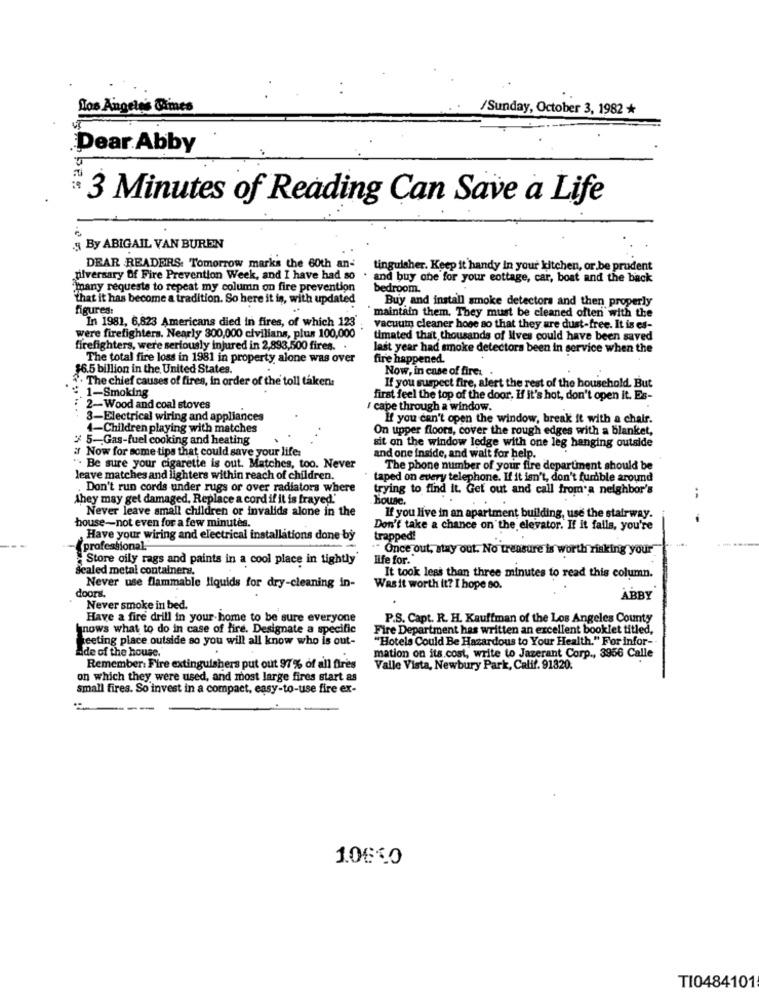
Los Angeles Times
/Sunday, October 3, 1982 *
Dear Abby
3 Minutes of Reading Can Save a Life
.§ By ABIGAIL VAN BUREN
DEAR READERS. Tomorrow marks the 60th an-
tinguisher. Keep it handy in your kitchen, or be prudent
tilversary of Fire Prevention Week, and I have had so
. and buy one for your cottage, car, boat and the back
many requests to repeat my column on fire prevention
bedroom.
'that it has become a tradition. So here it is, with updated
Buy and install smoke detectors and then properly
figures:
"maintain them. They must be cleaned often with the
In 1981, 6,823 Americans died in fires, of which 123
vacuum cleaner hoge so that they are dust-free. It is es-
were firefighters. Nearly 300,000 civilians, plus 100,000
timated that, thousands of lives could have been saved
firefighters, were seriously injured in 2,893,500 fires. .
last year had smoke detectors been in service when the
The total fire loss in 1981 in property alone was over
fire happened.
$6.5 billion in the United States.
Now, in case of fire ..
. The chief causes of fires, in order of the toll taken
1-Smoking
If you suspect fire, alert the rest of the household. But
first feel the top of the door. If it's hot, don't open it. Es-
2-Wood and coal stoves
cape through a window.
3-Electrical wiring and appliances
If you can't open the window, break it with a chair.
4-Children playing with matches
On upper floors, cover the rough edges with a blanket,
5-Gas-fuel cooking and heating
# Now for some tips that could save your life:
sit on the window ledge with one leg hanging outside
and one inside, and wait for help.
" Be sure your cigarette is out. Matches, too. Never
The phone number of your fire department should be
leave matches and lighters within reach of children.
taped on every telephone. If it isn't, don't furdble around
Don't run cords under rugs or over radiators where
trying to find it. Get out and call from a neighbor's
they may get damaged, Replace a cord if it is frayed.'
House.
Never leave small children or invalids alone in the
house-not even for a few minutes.
If you live in an apartment building, use the stairway.
Don't take a chance on the elevator. If it falls, you're
Have your wiring and electrical installations done by
trapped!
professional."
.. Once out, stay out. No trensure is worth risking your
Store oily rags and paints in a cool place in tightly
Ilfe for."
sealed metal containers.
It took less than three minutes to read this column.
doors.
Never use flammable liquids for dry-cleaning in-
Wasit worth it? I hope so.
ABBY
Never smoke in bed.
Have a fire drill in your home to be sure everyone
P.S. Capt. R. H. Kauffman of the Los Angeles County
nows what to do in case of fire. Designate a specific
Fire Department has written an excellent booklet titled,
meeting place outside so you will all know who is out-
"Hotels Could Be Hazardous to Your Health." For infor-
de of the house.
mation on its cost, write to Jazerant Corp ., 3956 Calle
Remember: Fire extinguishers put out 97% of all fires
Valle Vista, Newbury Park, Calif. 91820.
on which they were used, and most large fires start as
small fires. So invest in a compact, easy-to-use fire ex-
--
10640
TI0484101